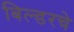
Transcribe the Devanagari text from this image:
बिल्डरचे